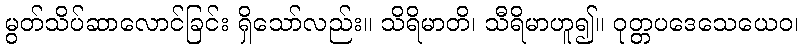
မွတ်သိပ်ဆာလောင်ခြင်း ရှိသော်လည်း။ သိရိမာတိ၊ သီရိမာဟူ၍။ ဝုတ္တပဒေသေယေဝ၊